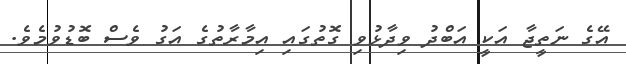
އޭގެ ނަތީޖާ އަކީ އަބްދު ވިދާޅުވި ގޮތުގައި އިމާރާތުގެ އަގު ވެސް ބޮޑުވުމެވެ.